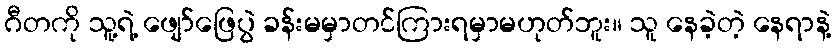
ဂီတကို သူ့ရဲ့ ဖျော်ဖြေပွဲ ခန်းမမှာတင်ကြားရမှာမဟုတ်ဘူး။ သူ နေခဲ့တဲ့ နေရာနဲ့